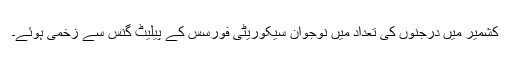
کشمیر میں درجنوں کی تعداد میں نوجوان سیکوریٹی فورسس کے پیلیٹ گنس سے زخمی ہوئے۔